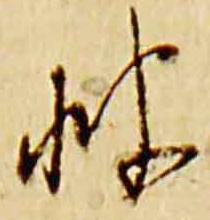
披